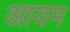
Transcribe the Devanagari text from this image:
आयम